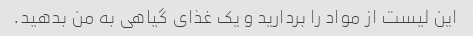
این لیست از مواد را بردارید و یک غذای گیاهی به من بدهید.